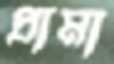
প্রামা